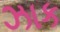
ઝાક